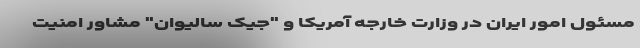
مسئول امور ایران در وزارت خارجه آمریکا و "جیک سالیوان" مشاور امنیت